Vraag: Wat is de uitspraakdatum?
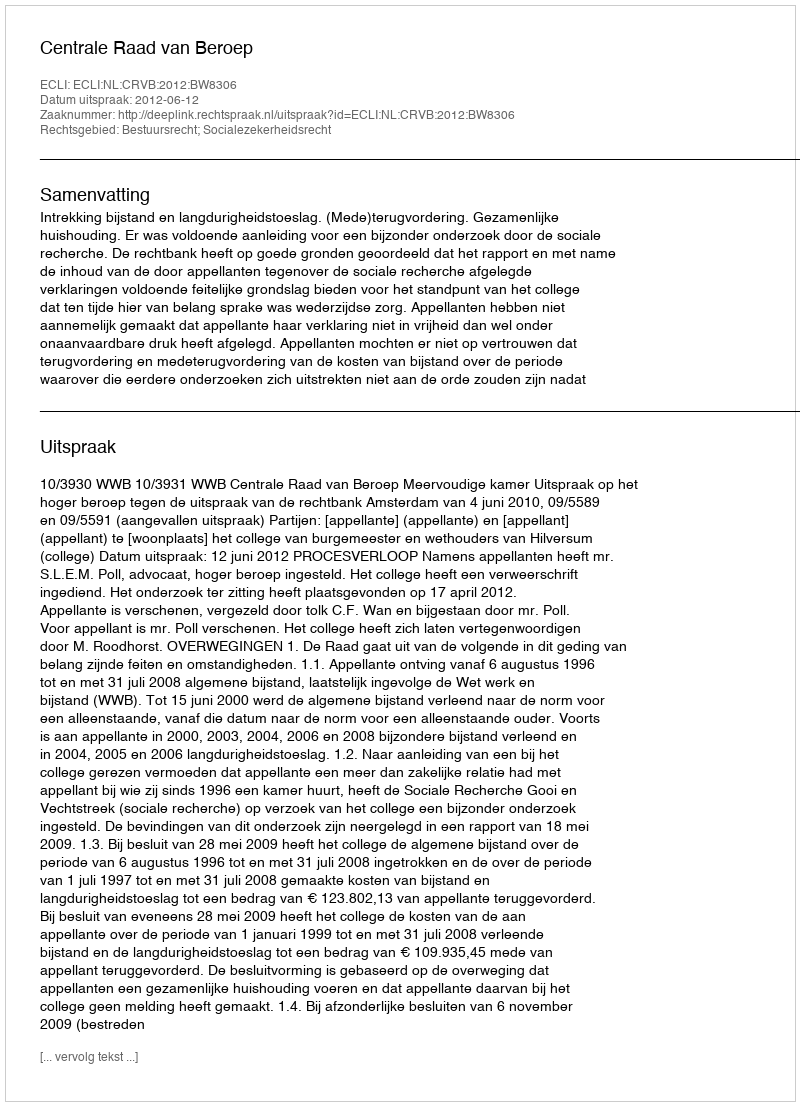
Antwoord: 2012-06-12